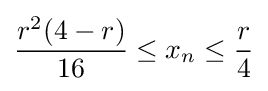
{\displaystyle {\frac {r^{2}(4-r)}{16}}\leq x_{n}\leq {\frac {r}{4}}}